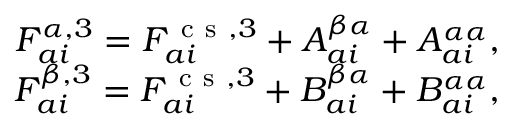
\begin{array} { r } { F _ { a i } ^ { \alpha , 3 } = F _ { a i } ^ { \mathrm { ~ c ~ s ~ } , 3 } + A _ { a i } ^ { \beta \alpha } + A _ { a i } ^ { \alpha \alpha } , } \\ { F _ { a i } ^ { \beta , 3 } = F _ { a i } ^ { \mathrm { ~ c ~ s ~ } , 3 } + B _ { a i } ^ { \beta \alpha } + B _ { a i } ^ { \alpha \alpha } , } \end{array}